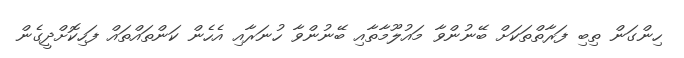
ހިންގަން ތިބި ފަރާތްތަކަށް ބޭނުންވާ މައުލޫމާތާއި ބޭނުންވާ ހުނަރާއި އެހެން ކަންތައްތައް ފަހިކޮށްދީގެން